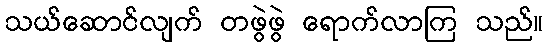
သယ်ဆောင်လျက် တဖွဲဖွဲ ရောက်လာကြ သည်။